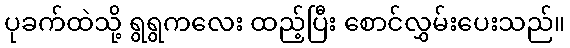
ပုခက်ထဲသို့ ရွရွကလေး ထည့်ပြီး စောင်လွှမ်းပေးသည်။